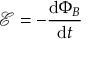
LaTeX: { \mathcal { E } } = - { \frac { \mathrm { d } \Phi _ { B } } { \mathrm { d } t } }